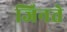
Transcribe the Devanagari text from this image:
जिनते